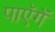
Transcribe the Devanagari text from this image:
पाएॅगें